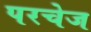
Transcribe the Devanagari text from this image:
परचेज